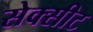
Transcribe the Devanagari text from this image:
सेक्सीट